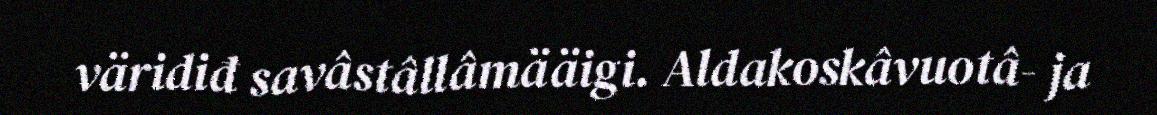
väridiđ savâstâllâmääigi. Aldakoskâvuotâ- ja